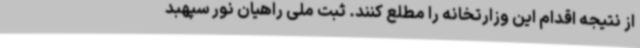
از نتیجه اقدام این وزارتخانه را مطلع کنند. ثبت ملی راهیان نور سپهبد